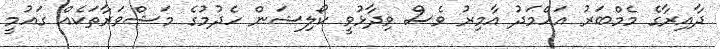
ދާއިރާގެ މެމްބަރު އަހްމަދު އާމިރު ވެސް ވިދާޅުވީ ކޯލިޝަން ހެދުމުގެ މަޝްވަރާތަކެއް ގައުމީ